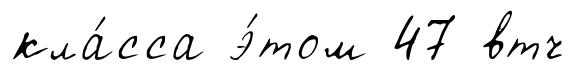
кла́сса э́том 47 втч